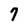
Character: 7